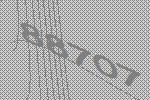
88707